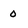
Character: o